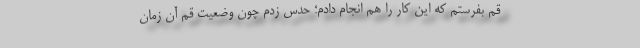
قم بفرستم که این کار را هم انجام دادم؛ حدس زدم چون وضعیت قم آن زمان